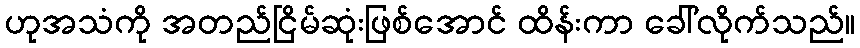
ဟုအသံကို အတည်ငြိမ်ဆုံးဖြစ်အောင် ထိန်းကာ ခေါ်လိုက်သည်။